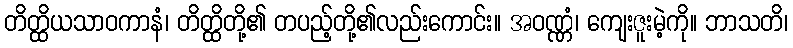
တိတ္ထိယသာဝကာနံ၊ တိတ္ထိတို့၏ တပည့်တို့၏လည်းကောင်း။ အဝဏ္ဏံ၊ ကျေးဇူးမဲ့ကို။ ဘာသတိ၊